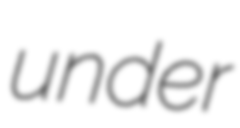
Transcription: under